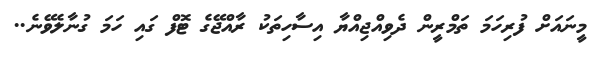
މީނައަށް ފުރިހަމަ ތަމްރީން ދެވިއްޖިއްޔާ އިސާހިތަކު ރާއްޖޭގެ ޓޮފް ގައި ހަމަ ގުނާލެވޭނެ..